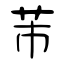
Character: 芾